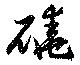
磽